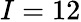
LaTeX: I=12